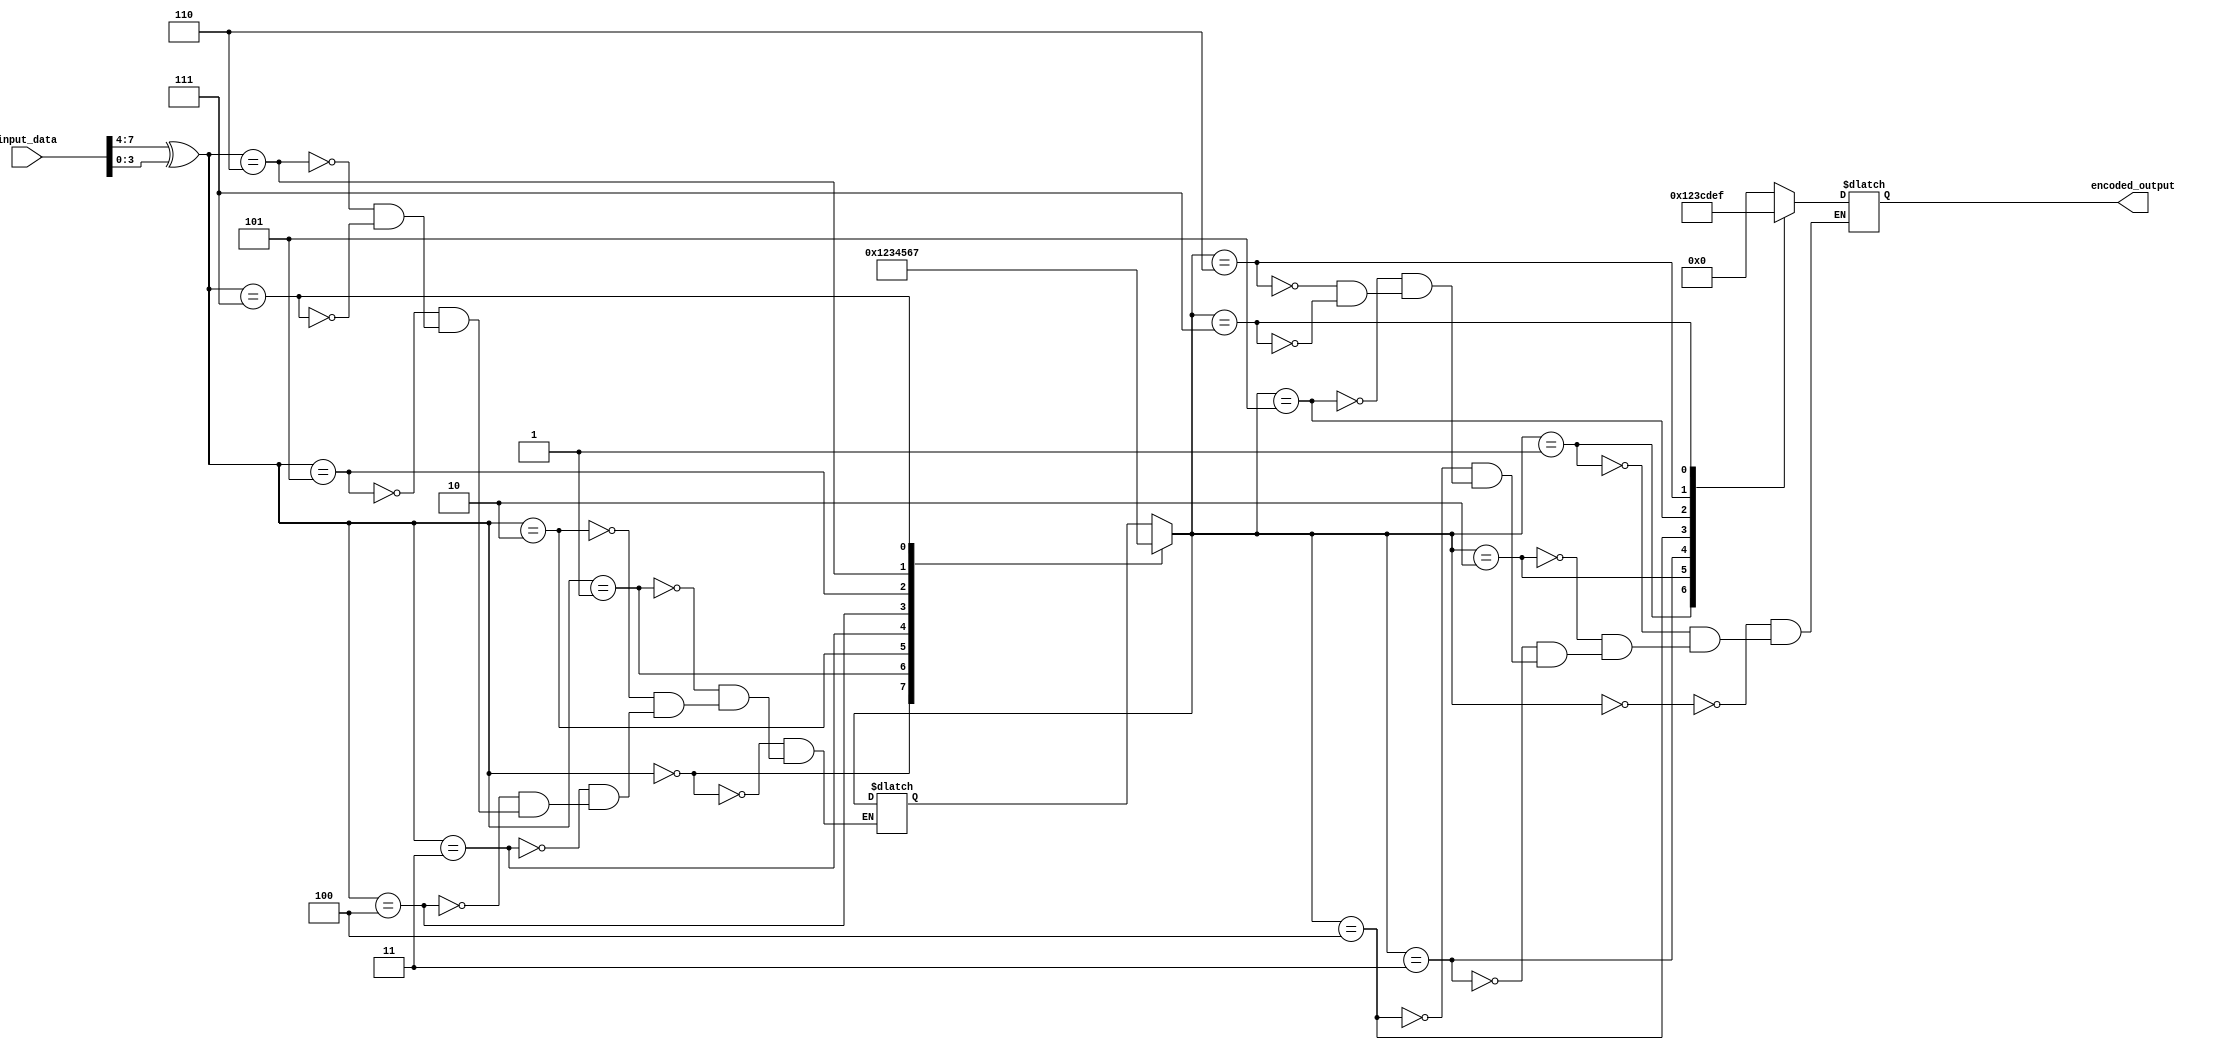
module encoder (
    input [7:0] input_data,
    output reg [3:0] encoded_output
);

reg [3:0] processed_data;
reg [3:0] mapped_output;

always @(*) begin
    // Data Processing Block
    processed_data = input_data[7:4] ^ input_data[3:0];
    
    // Mapping Block
    case(processed_data)
        4'h0: mapped_output = 4'b0000;
        4'h1: mapped_output = 4'b0001;
        4'h2: mapped_output = 4'b0010;
        4'h3: mapped_output = 4'b0011;
        4'h4: mapped_output = 4'b0100;
        4'h5: mapped_output = 4'b0101;
        4'h6: mapped_output = 4'b0110;
        4'h7: mapped_output = 4'b0111;
    endcase
    
    // Encoding Rules Block
    case(mapped_output)
        4'b0000: encoded_output = 4'b0000;
        4'b0001: encoded_output = 4'b0001;
        4'b0010: encoded_output = 4'b0010;
        4'b0011: encoded_output = 4'b0011;
        4'b0100: encoded_output = 4'b1100;
        4'b0101: encoded_output = 4'b1101;
        4'b0110: encoded_output = 4'b1110;
        4'b0111: encoded_output = 4'b1111;
    endcase
end

endmodule